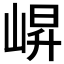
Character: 𭖬